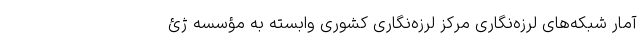
آمار شبکه‌های لرزه‌نگاری مرکز لرزه‌نگاری کشوری وابسته به مؤسسه ژئ